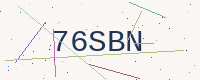
Text: 76SBN